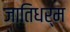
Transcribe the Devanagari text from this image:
जातिधर्म